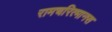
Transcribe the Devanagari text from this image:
रामचरित्मानस